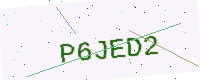
Text: P6JED2